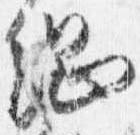
綱